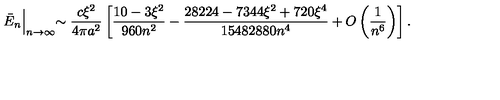
\bar { E } _ { n } \Bigl | _ { n \to \infty } \sim \frac { c \xi ^ { 2 } } { 4 \pi a ^ { 2 } } \left[ \frac { 1 0 - 3 \xi ^ { 2 } } { 9 6 0 n ^ { 2 } } - \frac { 2 8 2 2 4 - 7 3 4 4 \xi ^ { 2 } + 7 2 0 \xi ^ { 4 } } { 1 5 4 8 2 8 8 0 n ^ { 4 } } + O \left( \frac { 1 } { n ^ { 6 } } \right) \right] { . }